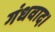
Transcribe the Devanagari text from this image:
गंधवाद।